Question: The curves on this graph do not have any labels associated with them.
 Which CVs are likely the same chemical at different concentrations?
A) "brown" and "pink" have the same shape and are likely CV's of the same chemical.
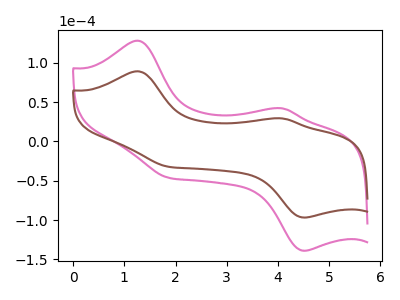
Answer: <think>The pink curve "pink" has anodic peaks at (1.25V, 128.20uA) (4.10V, 42.05uA) and cathodic peaks at (4.50V, -138.95uA) (1.85V, -46.20uA). The brown curve "brown" has anodic peaks at (1.25V, 89.25uA) (4.10V, 29.30uA) and cathodic peaks at (4.50V, -96.75uA) (1.85V, -32.15uA).
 All the peaks in "pink" have a peak in "brown" at the same potential. Every peak in "pink" is higher than every peak in "brown".</think>
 <answer>A) "brown" and "pink" have the same shape and are likely CV's of the same chemical.</answer>
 <eval>A</eval>